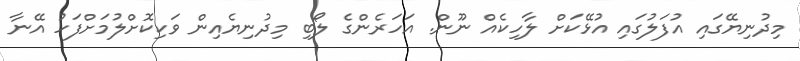
މިދުނިޔޭގައި އުފަލުގައި އުޅޭކަށް ލާހިކެއް ނޫން. އަހަރެންގެ ލޯބި މިދުނިޔެއިން ވަކިކޮށްލުމަށްފަހު އޭނާ